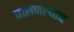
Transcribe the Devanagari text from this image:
घालणाऱ्याच